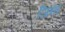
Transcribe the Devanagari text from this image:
जिन्त